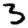
Digit: 3